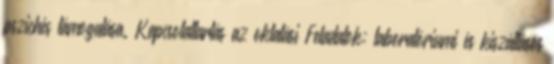
pszichés támogatása. Kapcsolattartás az oktatási Feladatok: laboratóriumi és kiszállásos